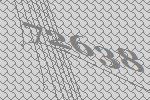
72638